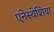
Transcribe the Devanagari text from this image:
एनेस्थेशिया